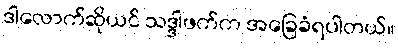
ဒါလောက်ဆိုယင် သဒ္ဒါဖက်က အခြေခံရပါတယ်။